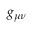
g _ { \mu \nu }